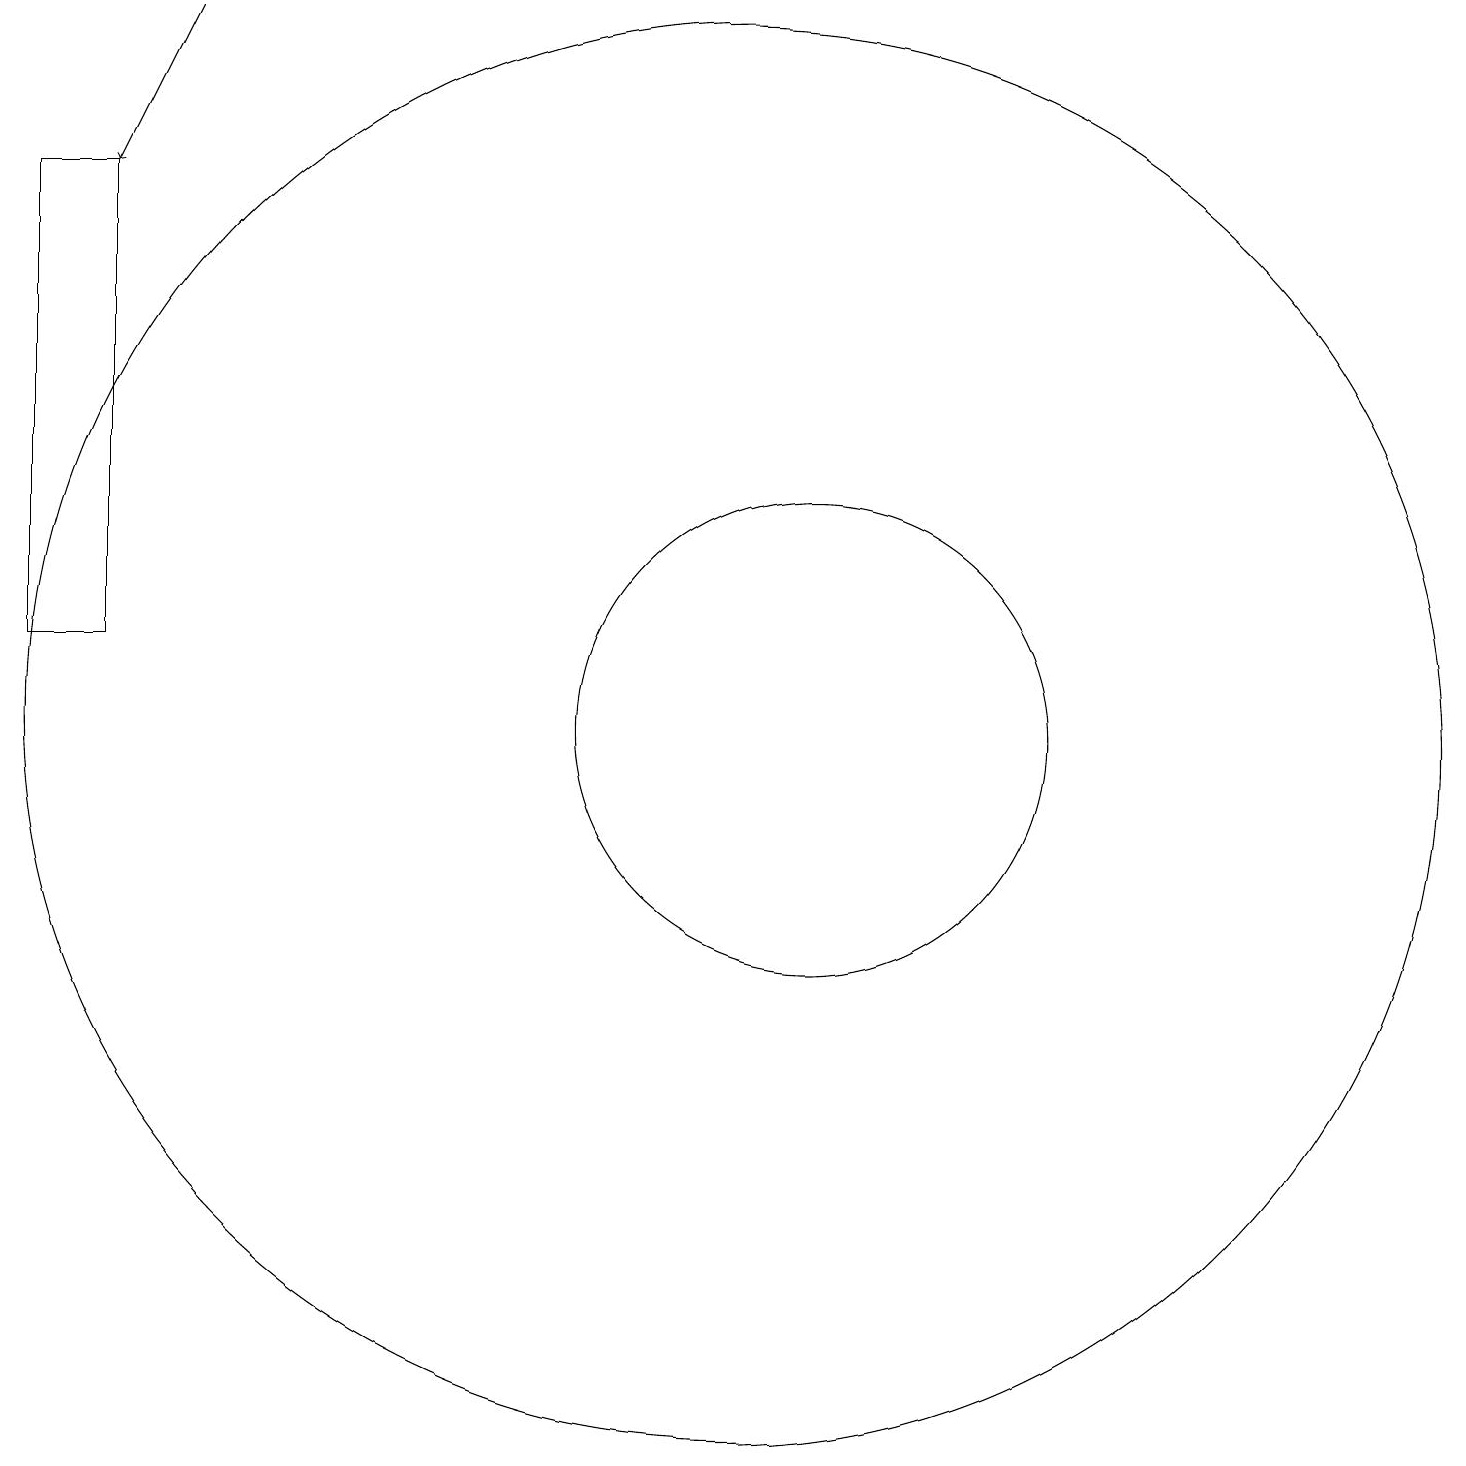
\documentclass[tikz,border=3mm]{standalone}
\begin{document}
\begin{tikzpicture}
\draw[->] (4,19) -- (3,17);
\draw (11,10) circle (9);
\draw (12,10) circle (3);
\draw (3,11) rectangle (2,17);
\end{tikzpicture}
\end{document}